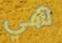
هي